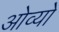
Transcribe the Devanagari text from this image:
ओव्यो